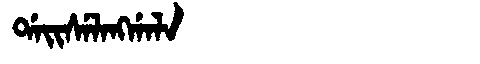
Manchu: ᡩᠠᡳᠰᡝᠯᠠᠩᡤᠠᠯᠠ
Romanization: DAISELANGGALA